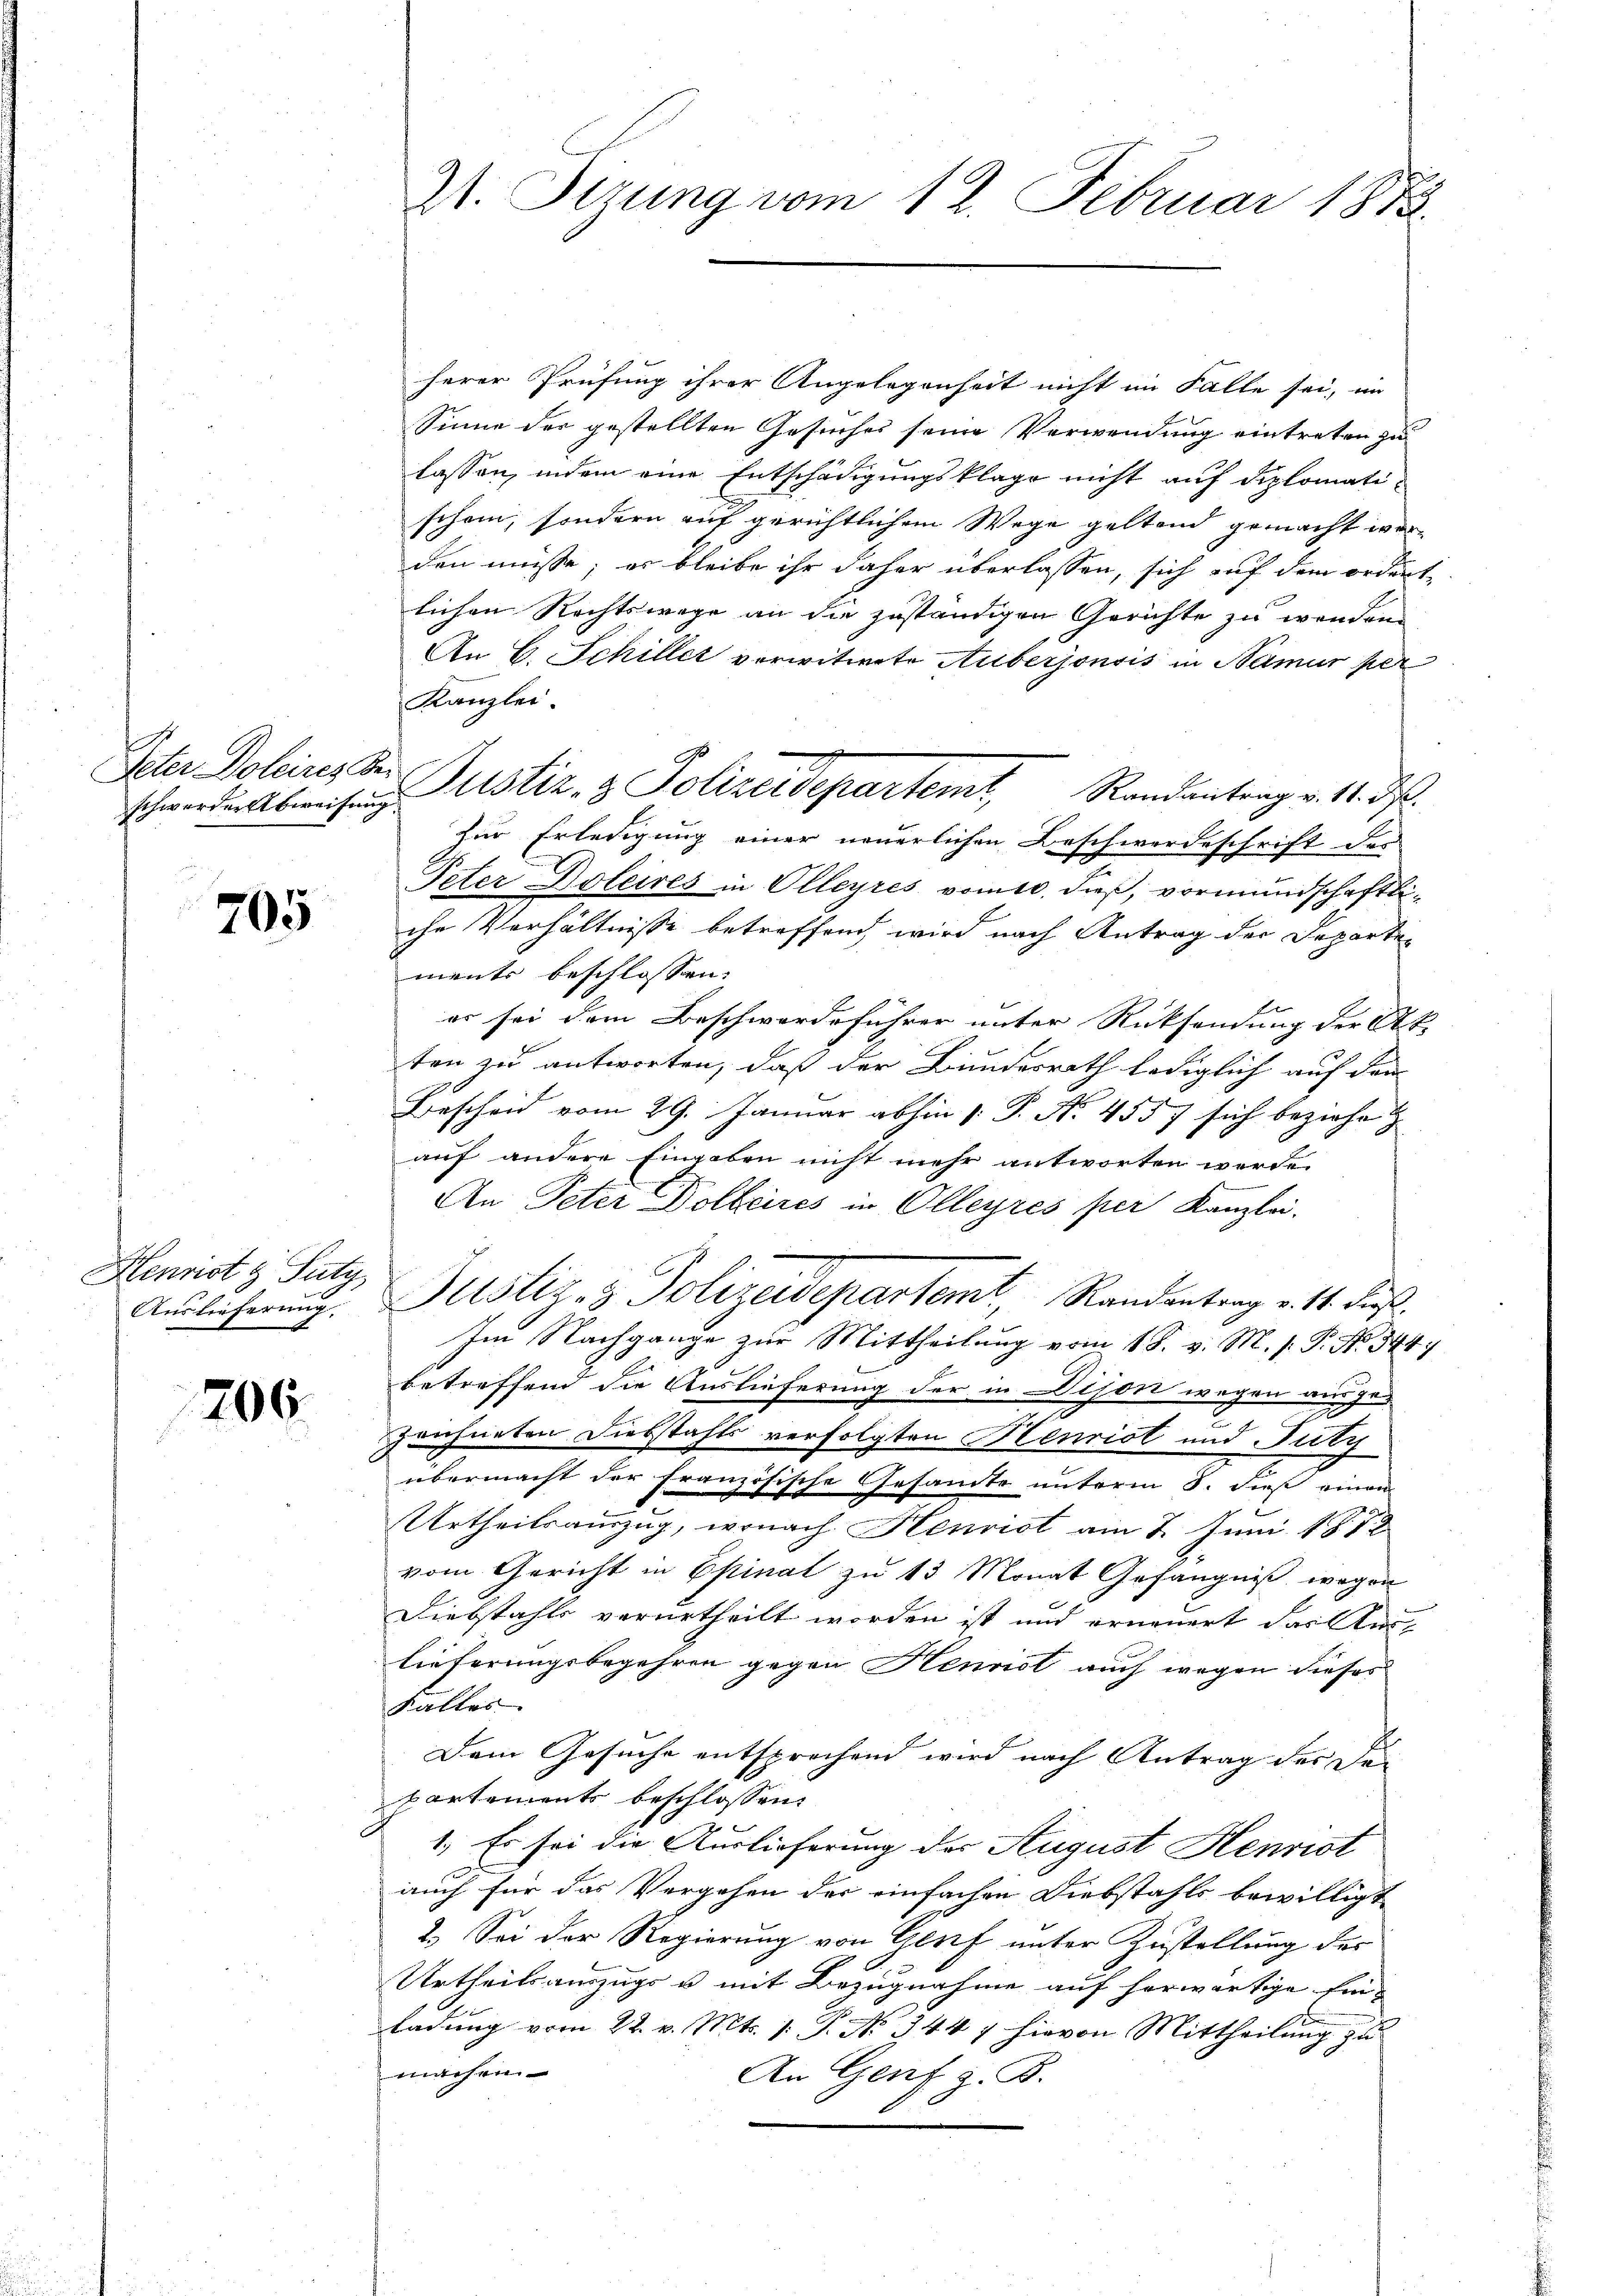
Peter Boleires Ber

.
705

Henrist & Futy
Auslieferung.

206.

21. Sizung vom 12. Februar 1882.

herer Prüfung ihrer Angelegenheit nicht im Falle sei, im
Sinne der gestellten Gesuches seine Verwendung eintreten zu
lassen, indem eine Entschädigungsklage nicht auf diplomatischein, sondern auf gerichtlichem Wege geltend gemacht werden müsse; er bleibe ihr daher überlassen, sich auf dem ordnete
lichen Rechtswege an die zuständigen Gerichte zu wenden.
An C. Schiller verwitwete Auberjonsis in Namur per
Kanzlei.
zur Erledigung einer neuerlichen Beschwerdeschrift der
Peter Doleires in Olleyres vom 10. dieß, vormundschaftliche Verhältnisse betreffend, wird nach Antrag der Departen
ments beschlossen: |
er sei dem Beschwerdeführer unter Rücksendung der Art.
ten zu antworten, daß der Bundesrath lediglich auf den
Bescheid vom 29. Januar abhin : P. No. 455 7 sich beziehe
auf andere Eingaben nicht mehr antworten werde.
An Peter Dollaires in Olleyres per Kanzlei.
Justiz- & Polizeidepartemt Randantrag v. 11. dies
Im Nachgange zur Mittheilung vom 18. v. M. s. P. Nr. 344
betreffend die Auslieferung der in Dison wegen ausge-
I
Zeichneten Diebstahls verfolgten Henrist und July
übermacht der Französische Gesamte unterm 8. dieß einen
Urtheilsauszug, wonach Henrist am 7. Juni 1872
vom Gericht in Epinat zu 13 Monat Gefängniß wegen
Diebstahls verurtheilt worden ist und erneuert das Auslieferungsbegehren gegen Henrist auch wegen dieses
Kaller
Dem Gesuche entsprechend wird nach Antrag des Departements beschlossen:
1.) Es sei die Auslieferung der August Henrist
auch für das Vergehen der einfachen Diebstahls bewilligt
2.) Sei der Regierung von Genf unter Zustellung des
Urtheilsauszugs u. mit Bezugnahme auf herwärtige Ein-
ladung vom 22. v. Mts. 1. P. No 344 7 hievon Mittheilung zu
machen
An Genf z. B.

schwerden bereichung Sistiz- & Polizeidepartemt, Randantrag v. 14. ds.